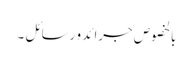
بالخصوص جرائد و رسائل ۔